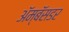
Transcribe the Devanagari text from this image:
ॲम्बॅसडर